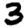
Digit: 3